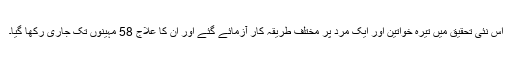
اس نئی تحقیق میں تیرہ خواتین اور ایک مرد پر مختلف طریقہ کار آزمائے گئے اور ان کا علاج 58 مہینوں تک جاری رکھا گیا۔